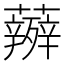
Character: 𮓋